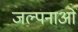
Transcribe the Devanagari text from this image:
जल्पनाओं